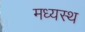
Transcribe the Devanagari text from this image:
मध्‍यस्‍थ